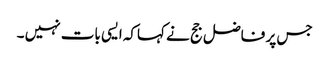
جس پر فاضل جج نے کہاکہ ایسی بات نہیں ۔